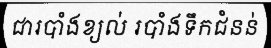
ជារបាំងខ្យល់ របាំងទឹកជំនន់